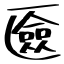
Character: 匳